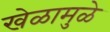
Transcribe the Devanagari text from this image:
खेळामुळे